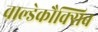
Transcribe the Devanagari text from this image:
वाल्डेकौक्सिब